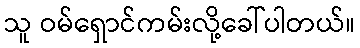
သူ ဝမ်ရှောင်ကမ်းလို့ခေါ်ပါတယ်။